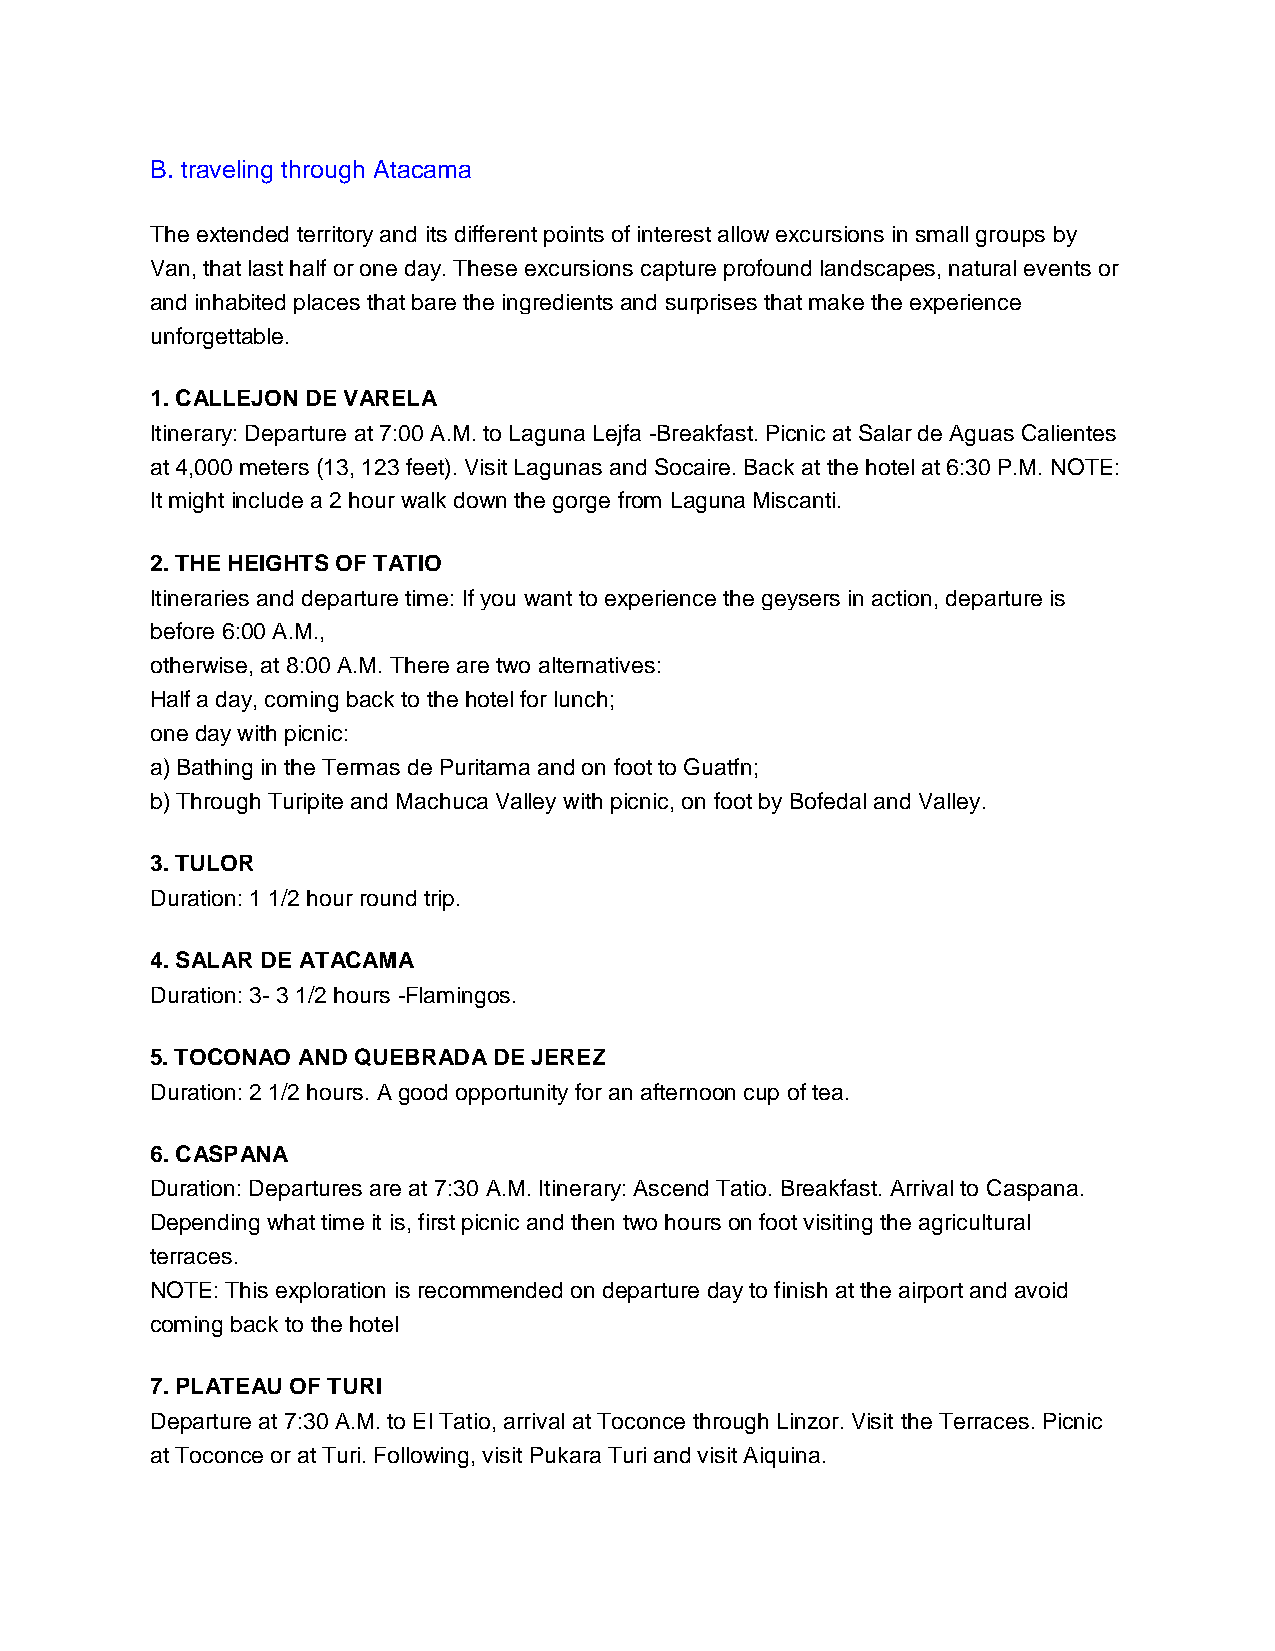
B. traveling through Atacama
 The extended territory and its different points of interest allow excursions in small groups by
 Van, that last half or one day. These excursions capture profound landscapes, natural events or
 and inhabited places that bare the ingredients and surprises that make the experience
 unforgettable.
 1. CALLEJON DE VARELA
 Itinerary: Departure at 7:00 A.M. to Laguna Lejfa -Breakfast. Picnic at Salar de Aguas Calientes
 at 4,000 meters (13, 123 feet). Visit Lagunas and Socaire. Back at the hotel at 6:30 P.M. NOTE:
 It might include a 2 hour walk down the gorge from Laguna Miscanti.
 2. THE HEIGHTS OF TATIO
 Itineraries and departure time: If you want to experience the geysers in action, departure is
 before 6:00 A.M.,
 otherwise, at 8:00 A.M. There are two alternatives:
 Half a day, coming back to the hotel for lunch;
 one day with picnic:
 a) Bathing in the Termas de Puritama and on foot to Guatfn;
 b) Through Turipite and Machuca Valley with picnic, on foot by Bofedal and Valley.
 3. TULOR
 Duration: 1 1/2 hour round trip.
 4. SALAR DE ATACAMA
 Duration: 3- 3 1/2 hours -Flamingos.
 5. TOCONAO AND QUEBRADA DE JEREZ
 Duration: 2 1/2 hours. A good opportunity for an afternoon cup of tea.
 6. CASPANA
 Duration: Departures are at 7:30 A.M. Itinerary: Ascend Tatio. Breakfast. Arrival to Caspana.
 Depending what time it is, first picnic and then two hours on foot visiting the agricultural
 terraces.
 NOTE: This exploration is recommended on departure day to finish at the airport and avoid
 coming back to the hotel
 7. PLATEAU OF TURI
 Departure at 7:30 A.M. to El Tatio, arrival at Toconce through Linzor. Visit the Terraces. Picnic
 at Toconce or at Turi. Following, visit Pukara Turi and visit Aiquina.